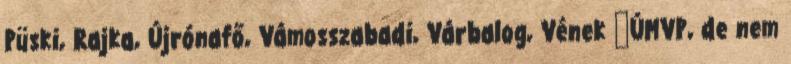
Püski, Rajka, Újrónafő, Vámosszabadi, Várbalog, Vének ▪ÚMVP, de nem